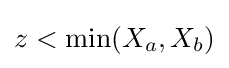
z<\min(X_{a},X_{b})